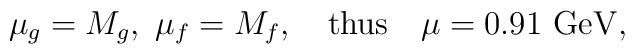
\mu_g=M_g,\ \mu_f=M_f,   \quad {\rm thus}\quad \mu = 0.91\ {\rm GeV},